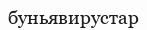
буньявирустар